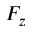
F _ { z }